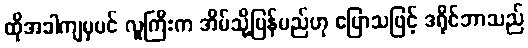
ထိုအခါကျမှပင် လူကြီးက အိမ်သို့ပြန်မည်ဟု ပြောသဖြင့် ဒရိုင်ဘာသည်